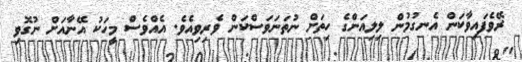
ރޭވެފައިވާކަން އެނގުމުން ލިލިއަންގެ ހިތަށް ނުތަނަވަސްކަން ވެރިވިއެވެ. އެއްވެސް މީހަކު އޭނާއަށް ނުގޮވި